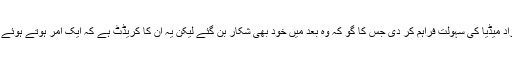
ہمارے ڈکٹیٹر حکمران پرویز مشرف نے ایک اچھا کام یہ کیا کہ عوام کو آزاد میڈیا کی سہولت فراہم کر دی جس کا گو کہ وہ بعد میں خود بھی شکار بن گئے لیکن یہ ان کا کریڈٹ ہے کہ ایک آمر ہوتے ہوئے انھوں نے آزاد میڈیا کی سہولت فراہم کی اور بڑے کھلے دل کے ساتھ کی ۔